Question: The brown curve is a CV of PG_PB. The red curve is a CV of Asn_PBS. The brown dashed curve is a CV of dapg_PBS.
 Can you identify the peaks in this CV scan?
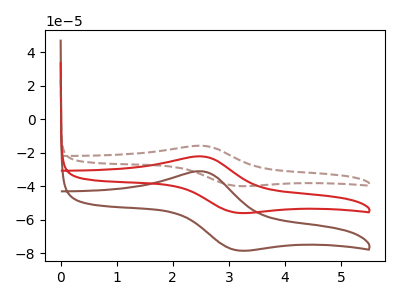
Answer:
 <answer>The brown curve "PG_PB" has an anodic peak at (2.50V, -31.00uA) and a cathodic peak at (3.15V, -78.15uA). The red curve "Asn_PBS" has an anodic peak at (2.50V, -22.15uA) and a cathodic peak at (3.15V, -55.75uA). The brown dashed curve "dapg_PBS" has an anodic peak at (2.50V, -44.25uA) and a cathodic peak at (3.15V, -111.50uA).</answer>
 <eval></eval>